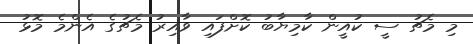
މި މެޗު ސީ ކުއީން ކާމިޔާބު ކޮށްފައި ވާއިރު މެޗުގެ އެންމެ މޮޅު